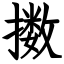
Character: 擞